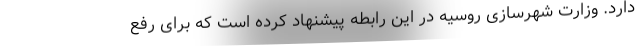
دارد. وزارت شهرسازی روسیه در این رابطه پیشنهاد کرده است که برای رفع